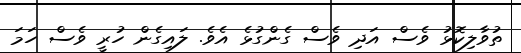
ތުވާލިކޮޅު ވެސް އަދި ވެސް ގެންގުޅެ އެވެ. ލައިގެން ހުރީ ވެސް ހަމަ